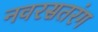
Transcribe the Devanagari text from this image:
नवरसतरंग